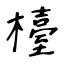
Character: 檯